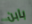
بابن